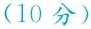
(10 分)